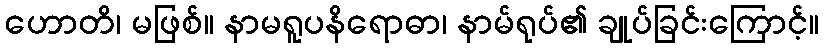
ဟောတိ၊ မဖြစ်။ နာမရူပနိရောဓာ၊ နာမ်ရုပ်၏ ချုပ်ခြင်းကြောင့်။